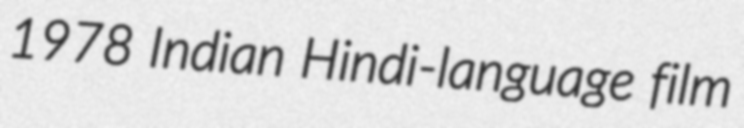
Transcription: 1978 Indian Hindi-language film